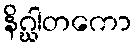
နိဂ္ဃါတကော